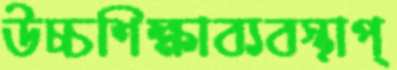
উচ্চশিক্ষাব্যবস্থাপ্